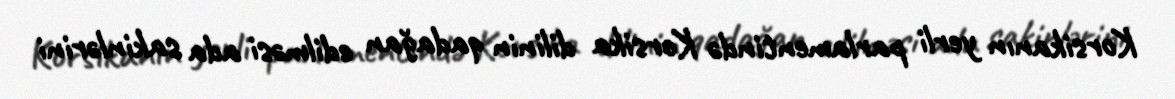
Korsikanın yerli parlamentində Korsika dilinin qadağan edilməsi ada sakinlərini